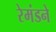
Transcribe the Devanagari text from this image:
रेमंडने